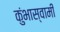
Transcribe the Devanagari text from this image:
कुंभास्वामी